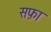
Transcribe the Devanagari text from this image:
सफ़ा